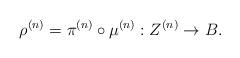
LaTeX: \begin{align*}\rho ^{(n)}=\pi ^{(n)} \circ \mu ^{(n)} : Z^{(n)}\to B.\end{align*}